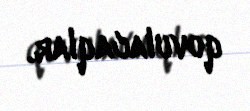
qovulacaqlar.